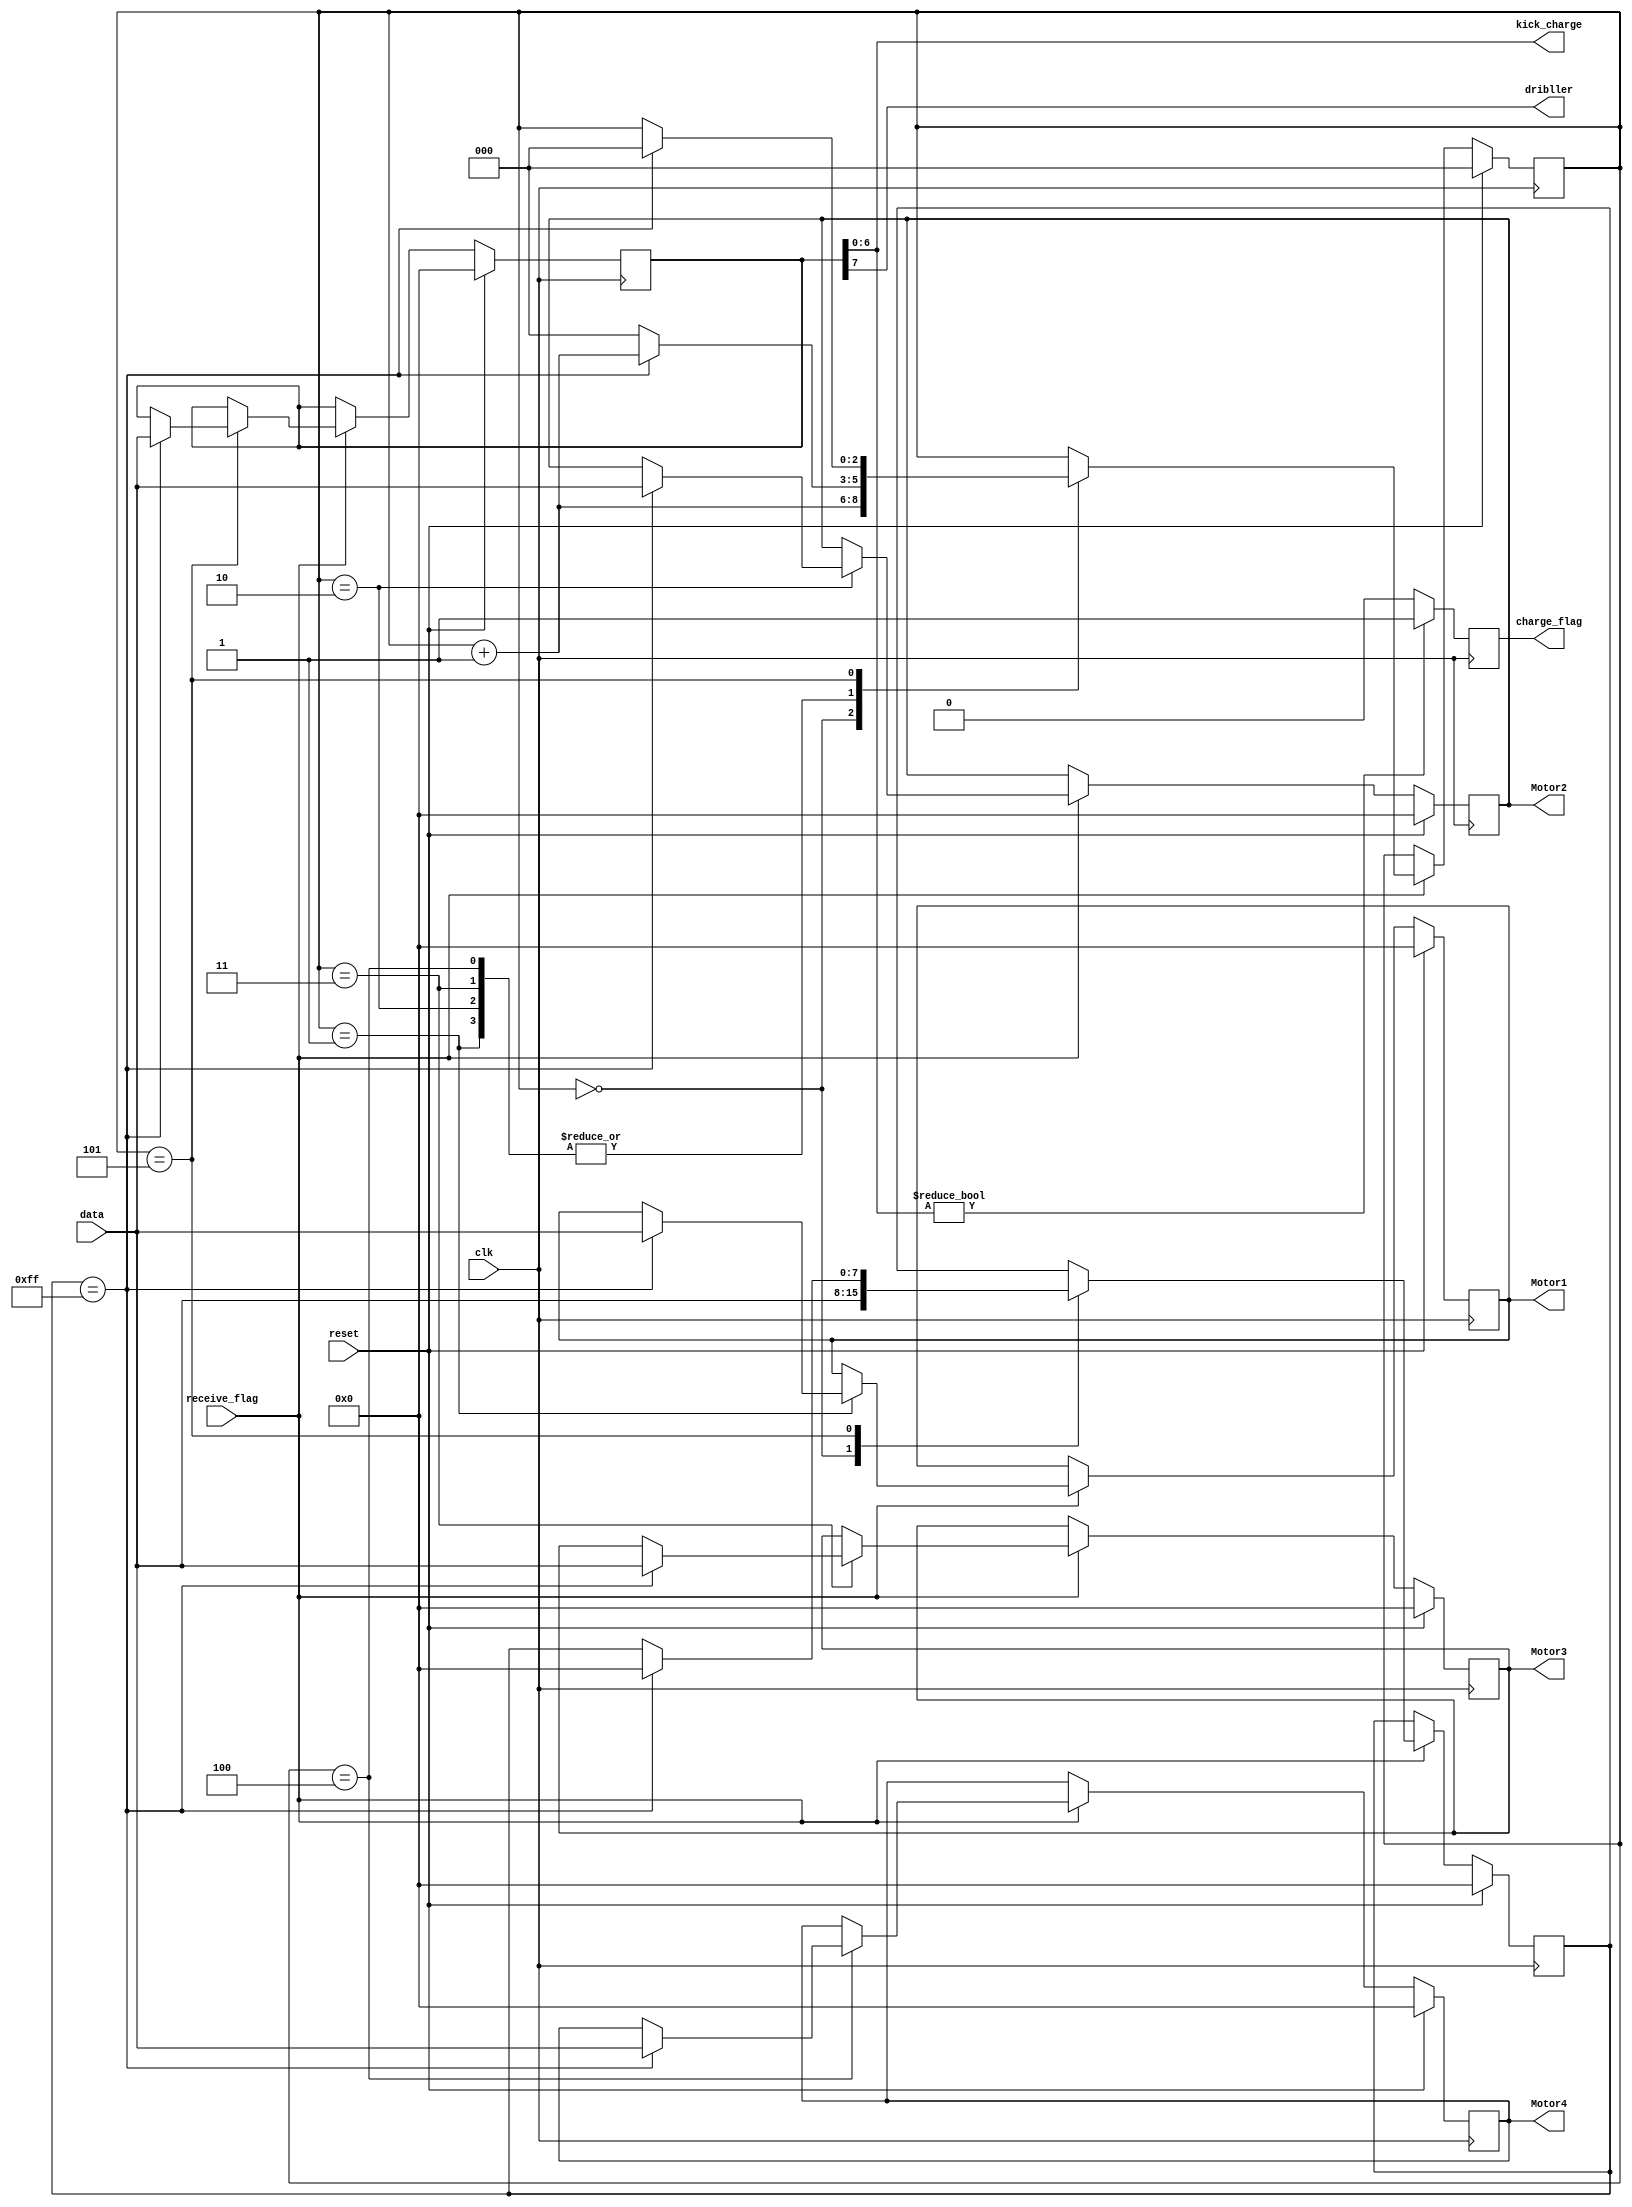
module Control_unit( input clk , input reset ,input [7:0]data, input receive_flag , output [7:0]Motor1,
	output [7:0]Motor2,output [7:0]Motor3,output [7:0]Motor4, output charge_flag , output [6:0]kick_charge ,output dribller);

reg [7:0]Motor1 = 0; 
reg [7:0]Motor2 = 0;
reg [7:0]Motor4 = 0;
reg [7:0]Motor3 = 0;
reg [2:0]count = 0;
reg [7:0]Kicker = 0;
reg charge_flag = 0;
reg [7:0]key = 0 ;
always @ (posedge clk)
begin
	if (reset)
	begin
		Motor1 <= 0;
		Motor2 <= 0;
		Motor3 <= 0;
		Motor4 <= 0;
		Kicker <=0;
		count <=0;
		key<=0;
		charge_flag <=0;
	end
		
		
		
	else	if(receive_flag)	
	begin
			case (count)
			   3'b000 : begin key <= data;	count <= count + 1;	end		
				3'b001 : if(key == 255) begin Motor1 <= data  ;count <= count + 1;end else begin count <=0;end
				3'b010 : if(key == 255) begin Motor2 <= data ;count <= count + 1;end else begin count <=0;end
				3'b011 : if(key == 255) begin Motor3 <= data ;count <= count + 1;end else begin count <=0;end
				3'b100 : if(key == 255) begin Motor4 <= data ;count <= count + 1; end else begin count <=0;end
		      3'b101 : if(key == 255) begin Kicker <=data ; key <= 0; count <= 0;end
			endcase
	end
	
	if (Kicker[6:0] != 0)
	begin 
		charge_flag <= 1;
	end
	else 
	begin
		charge_flag <= 0; 
	end
end
assign kick_charge = Kicker[6:0];
assign dribller = Kicker[7];
endmodule